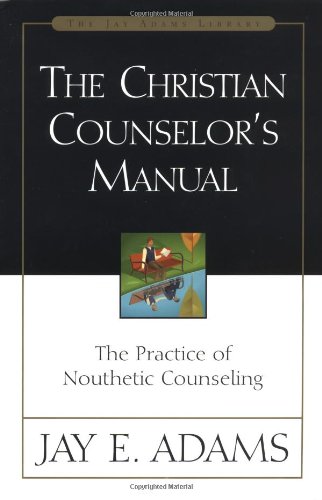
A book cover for The Christian Counselor's Manual: The Practice of Nouthetic Counseling (Jay Adams Library); Jay E. Adams; Christian Books & Bibles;